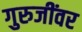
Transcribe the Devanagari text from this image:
गुरुजींवर